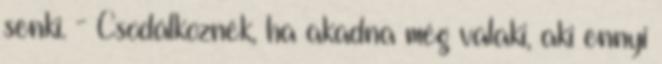
senki. - Csodálkoznék, ha akadna még valaki, aki ennyi